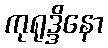
ကုရုဒ္ဒိနော